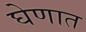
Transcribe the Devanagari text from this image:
घेणात